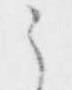
之